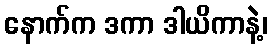
နောက်က ဒကာ ဒါယိကာနဲ့၊